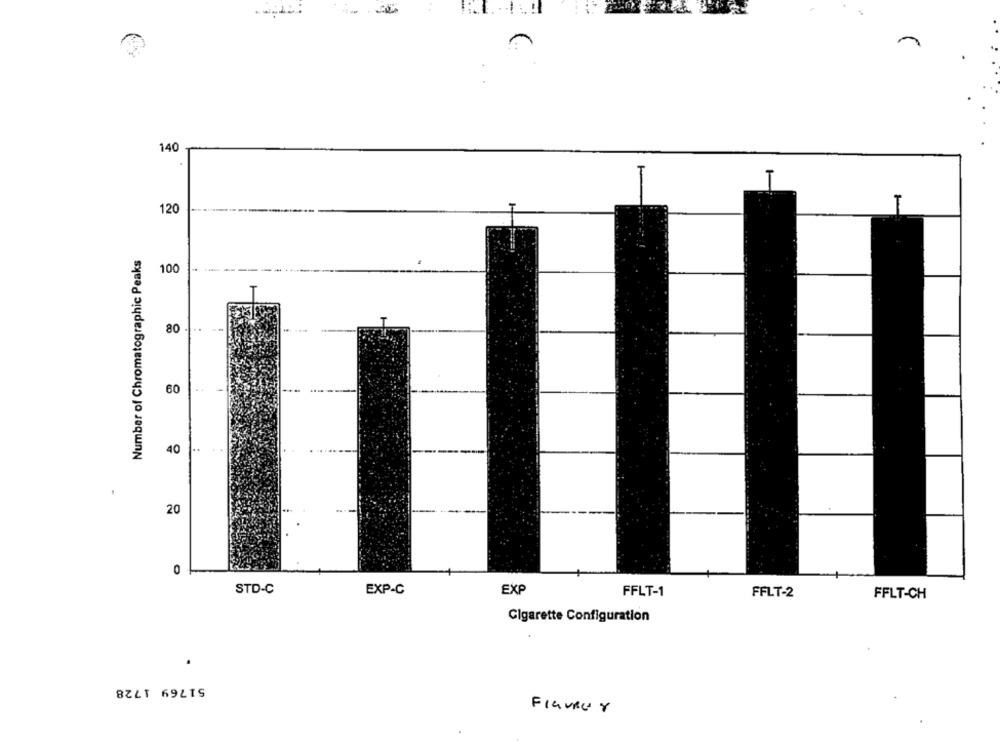
140
120
Number of Chromatographic Peaks
100
80
..
60
40
20
0
STD-C
EXP-C
EXP
FFLT-1
FFLT-2
FFLT-CH
Cigarette Configuration
51769 1728
FIGURer